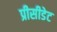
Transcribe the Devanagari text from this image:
प्रीसीडेट